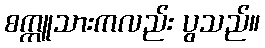
စက္ကူသားကလည်း ပွသည်။